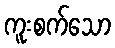
ကူးစက်သော